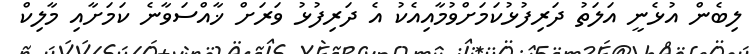
ލިބެން އުޅެނީ އަލަތު ދަރިފުޅުކަމަށްވުމާއިއެކު އެ ދަރިފުޅު ވަރަށް ޚާއްސަވާނެ ކަމަށާއި މާލިކް